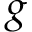
g